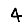
Digit: 4